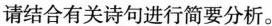
请结合有关诗句进行简要分析。